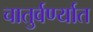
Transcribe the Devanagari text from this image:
चातुर्वर्ण्यात